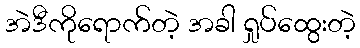
အဲဒီကိုရောက်တဲ့ အခါ ရှုပ်ထွေးတဲ့